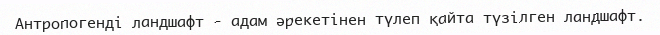
Антропогенді ландшафт - адам әрекетінен түлеп қайта түзілген ландшафт.